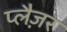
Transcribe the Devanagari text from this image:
प्लैज़र